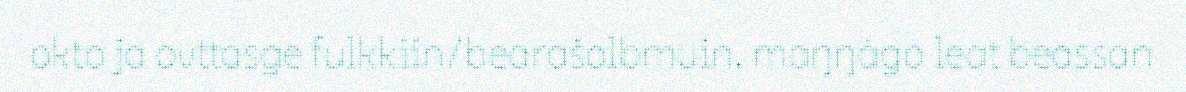
okto ja ovttasge fulkkiin/bearašolbmuin, maŋŋágo leat beassan